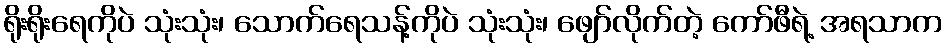
ရိုးရိုးရေကိုပဲ သုံးသုံး၊ သောက်ရေသန့်ကိုပဲ သုံးသုံး၊ ဖျော်လိုက်တဲ့ ကော်ဖီရဲ့ အရသာက